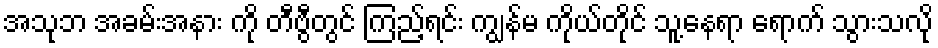
အသုဘ အခမ်းအနား ကို တီဗွီတွင် ကြည့်ရင်း ကျွန်မ ကိုယ်တိုင် သူ့နေရာ ရောက် သွားသလို